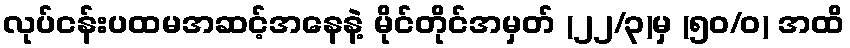
လုပ်ငန်းပထမအဆင့်အနေနဲ့ မိုင်တိုင်အမှတ် (၂၂/၃)မှ (၅၀/ဝ) အထိ